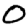
Digit: 0